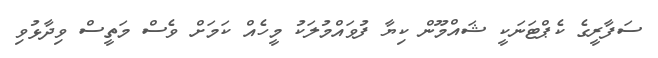
ސަފާރީގެ ކެޕްޓަނަކީ ޝައްމޫން ކިޔާ ފުވައްމުލަކު މީހެއް ކަމަށް ވެސް މަތީސް ވިދާޅުވި